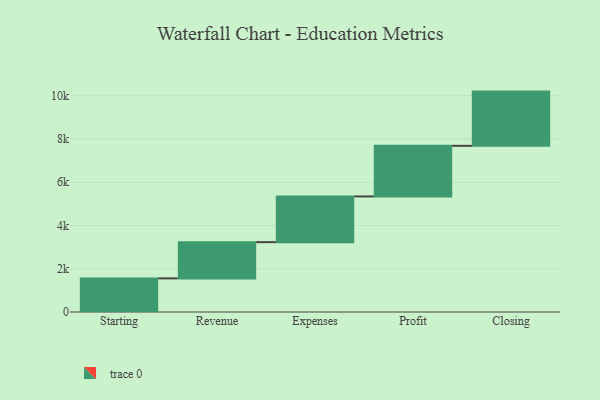
{"axis": {"x": "Step", "y": "Value"}, "legend": [""], "data": [{"x": "Starting", "y": 1555.0, "type": ""}, {"x": "Revenue", "y": 1676.0, "type": ""}, {"x": "Expenses", "y": 2114.0, "type": ""}, {"x": "Profit", "y": 2342.0, "type": ""}, {"x": "Closing", "y": 2508.0, "type": ""}]}